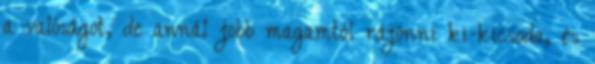
a valóságot, de annál jobb magamtól rájönni ki-kicsoda, és